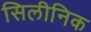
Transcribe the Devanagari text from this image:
सिलीनिक